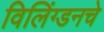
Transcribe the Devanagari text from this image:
विलिंग्डनचे